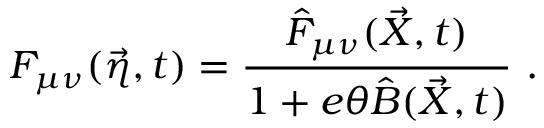
F _ { \mu \nu } ( \vec { \eta } , t ) = \frac { \hat { F } _ { \mu \nu } ( \vec { X } , t ) } { 1 + e \theta \hat { B } ( \vec { X } , t ) } \ .